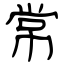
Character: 常